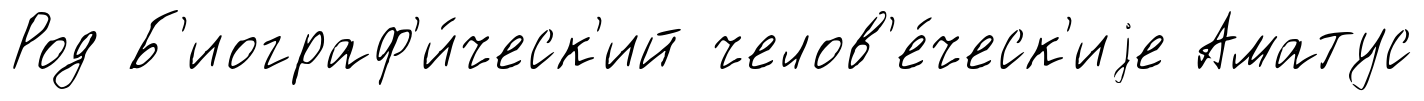
Род Б'иограф'и́ческ'ий челов'е́ческ'иjе Аматус